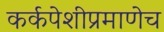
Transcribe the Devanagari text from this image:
कर्कपेशीप्रमाणेच